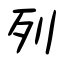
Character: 列